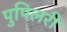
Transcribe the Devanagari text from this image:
पुपिलरी